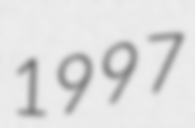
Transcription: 1997